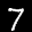
Label: 7